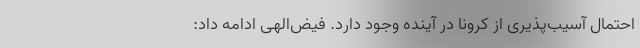
احتمال آسیب‌پذیری از کرونا در آینده وجود دارد. فیض‌الهی ادامه داد: